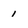
Character: I